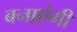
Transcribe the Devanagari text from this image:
बनाएंगी